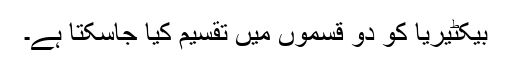
بیکٹیریا کو دو قسموں میں تقسیم کیا جاسکتا ہے۔